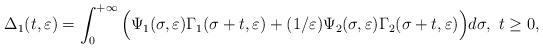
LaTeX: \begin{align*} \Delta_{1}(t,\varepsilon)=\int_{0}^{+\infty}\Big(\Psi_{1}(\sigma,\varepsilon)\Gamma_{1}(\sigma+t,\varepsilon) +(1/\varepsilon)\Psi_{2}(\sigma,\varepsilon)\Gamma_{2}(\sigma+t,\varepsilon)\Big)d\sigma,\ t\ge 0,\end{align*}